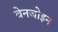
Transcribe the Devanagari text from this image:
बेनजोइन